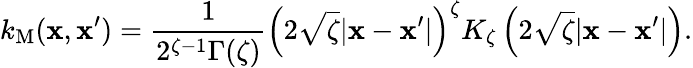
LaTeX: k_{\mathrm{M}}(\mathbf{x},\mathbf{x}^{\prime})=\frac{1}{2^{\zeta-1}\Gamma(\zeta)}\left(2\sqrt{\zeta}|\mathbf{x}-\mathbf{x}^{\prime}|\right)^{\zeta}K_{\zeta}\left(2\sqrt{\zeta}|\mathbf{x}-\mathbf{x}^{\prime}|\right).